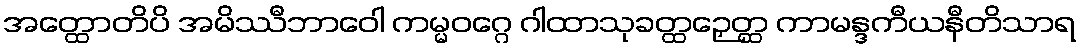
အတ္ထောတိပိ အမိဿီဘာဝေါ ကမ္မဝဂ္ဂေ ဂါထာသုခတ္ထဉှေတ္ထ ကာမန္ဒကီယနီတိသာရ